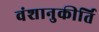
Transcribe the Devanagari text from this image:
वंशानुकीर्ति